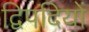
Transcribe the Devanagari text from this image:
द्विपदियों